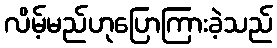
လိမ့်မည်ဟုပြောကြားခဲ့သည်